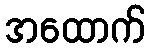
အထောက်